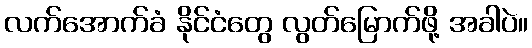
လက်အောက်ခံ နိုင်ငံတွေ လွတ်မြောက်ဖို့ အခါပဲ။